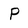
Character: P